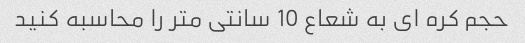
حجم کره ای به شعاع 10 سانتی متر را محاسبه کنید